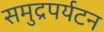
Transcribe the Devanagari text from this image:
समुद्रपर्यटन